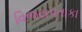
વિજયપતાકા